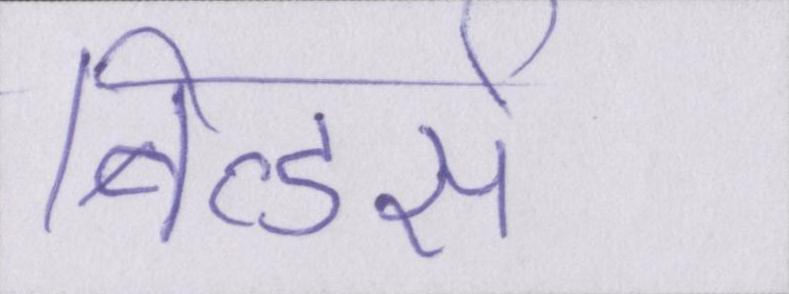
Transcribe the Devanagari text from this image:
बिल्डर्स